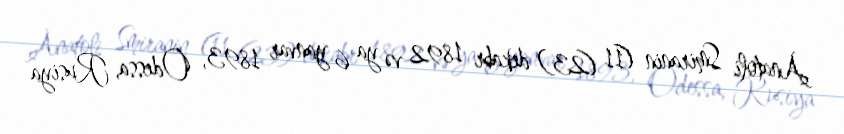
Anatoli Smiranin (11 (23) dekabr 1892 və ya 6 yanvar 1893, Odessa, Rusiya